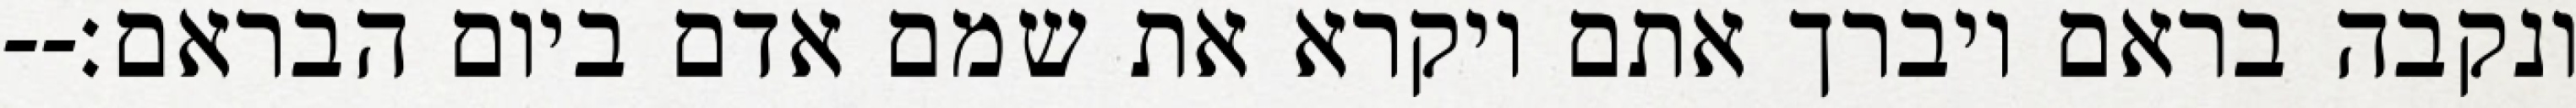
ונקבה בראם ויברך אתם ויקרא את שמם אדם ביום הבראם׃--